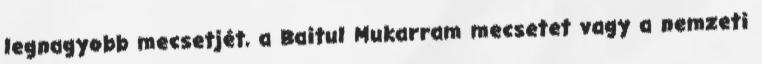
legnagyobb mecsetjét, a Baitul Mukarram mecsetet vagy a nemzeti